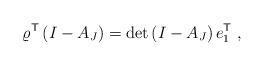
\begin{align*}\varrho^{\sf T} \left( I - A_J \right) = \det \left( I - A_J \right) e_1^{\sf T} \;,\end{align*}